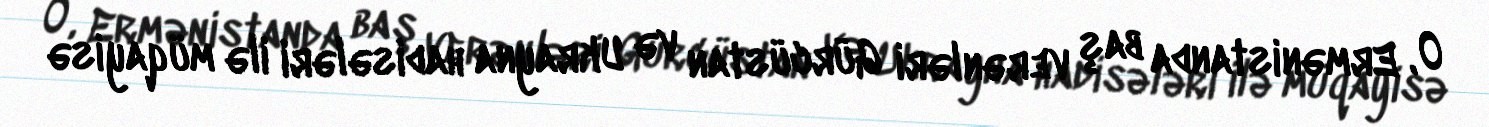
O, Ermənistanda baş verənləri Gürcüstan və Ukrayna hadisələri ilə müqayisə